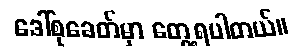
ဒေါ်စုခေတ်မှာ တွေ့ရပါတယ်။